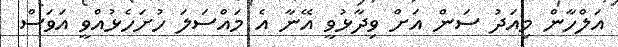
އަލްހާން މިއަދު ސަން އަށް ވިދާޅުވީ އޭނާ އެ މައްސަލަ ހުށަހެޅުއްވީ އަވަސް